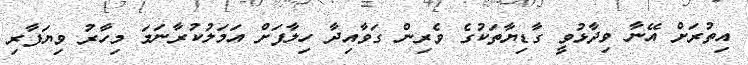
އިތުރަށް އޭނާ ވިދާޅުވީ ގާޑިޔާތަކުގެ ވެރިން ގަވާއިދާ ހިލާފަށް އަމަލުކުރާނަމަ މިހާރު ވިޔަފާރި